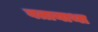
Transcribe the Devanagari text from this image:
बतायाथा